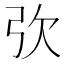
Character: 弞